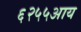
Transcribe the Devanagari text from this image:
६२५५आय